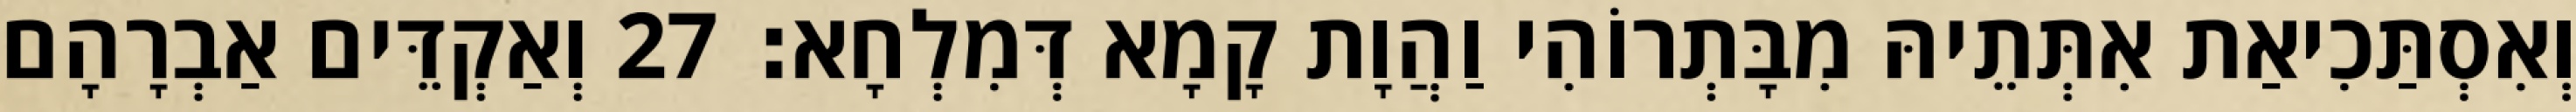
וְאִסְתַּכִיאַת אִתְּתֵיהּ מִבָּתְרוֹהִי וַהֲוָת קָמָא דְּמִלְחָא׃ 27 וְאַקְדֵּים אַבְרָהָם